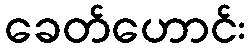
ခေတ်ဟောင်း